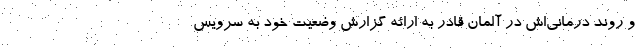
و روند درمانی‌اش در آلمان قادر به ارائه گزارش وضعیت خود به سرویس